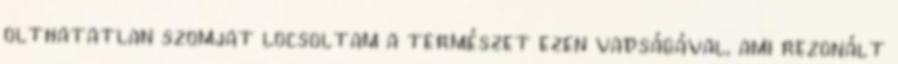
olthatatlan szomjat locsoltam a természet ezen vadságával, ami rezonált